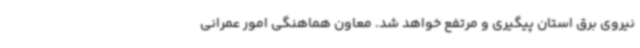
نیروی برق استان پیگیری و مرتفع خواهد شد. معاون هماهنگی امور عمرانی